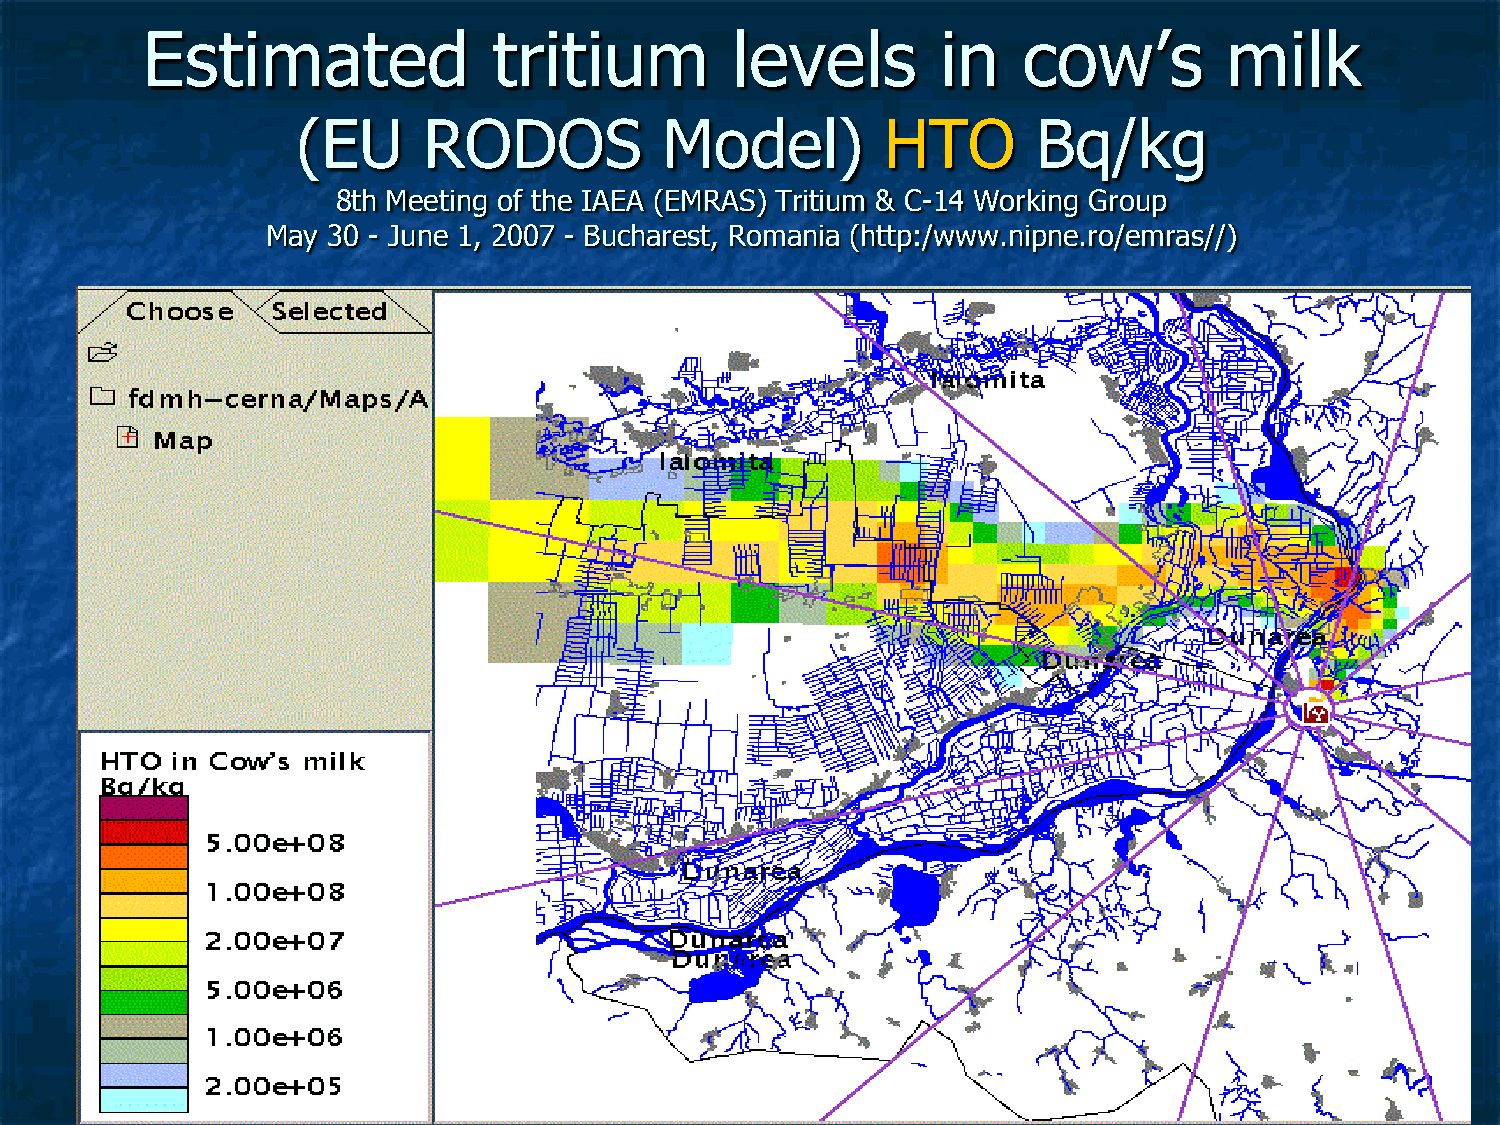
Estimated               tritium        levels        in    cow’s        milk
 (EU     RODOS           Model)         HTO       Bq/kg
 8th Meeting of the IAEA (EMRAS) Tritium & C-14 Working Group
 May 30 - June 1, 2007 - Bucharest, Romania (http:/www.nipne.ro/emras//)